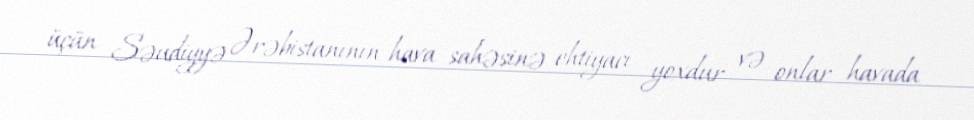
üçün Səudiyyə Ərəbistanının hava sahəsinə ehtiyacı yoxdur və onlar havada